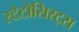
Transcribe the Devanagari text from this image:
स्टेटोसिस्ट्स